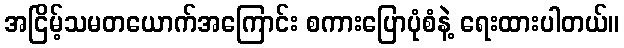
အငြိမ့်သမတယောက်အကြောင်း စကားပြောပုံစံနဲ့ ရေးထားပါတယ်။